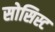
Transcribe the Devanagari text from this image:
सोसिस्ट